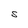
Character: S